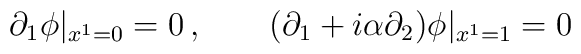
\partial_1 \phi |_{x^1=0}=0 \,,\qquad(\partial_1 +i\alpha \partial_2 )\phi |_{x^1=1}=0